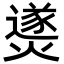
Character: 㸂